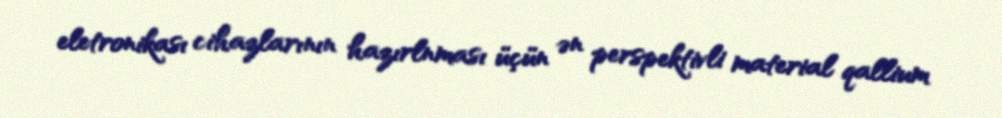
eletronikası cihazlarının hazırlnması üçün ən perspektivli material qallium